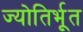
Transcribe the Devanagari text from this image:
ज्योतिर्भूत